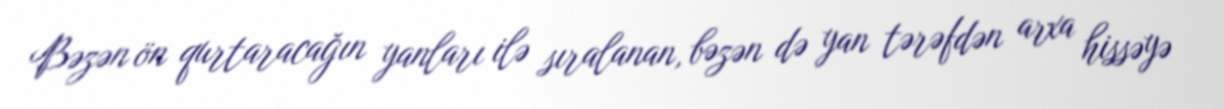
Bəzən ön qurtaracağın yanları ilə sıralanan, bəzən də yan tərəfdən arxa hissəyə